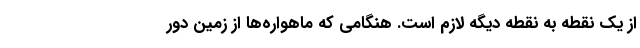
از یک نقطه به نقطه دیگه لازم است. هنگامی که ماهواره‌ها از زمین دور